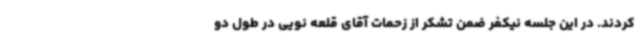
کردند. در این جلسه نیکفر ضمن تشکر از زحمات آقای قلعه نویی در طول دو